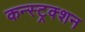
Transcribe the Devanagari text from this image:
कन्स्ट्रक्‍शन